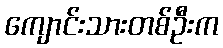
ကျောင်းသားတစ်ဦးက